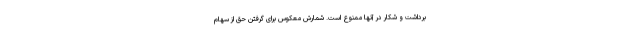
برداشت و شکار در آنها ممنوع است. شمارش معکوس برای گرفتن حق از سهام